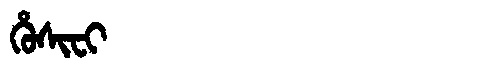
Manchu: ᡥᡠᠰᡳᠸᡳ
Romanization: HUSIFI